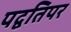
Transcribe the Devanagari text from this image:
पद्वतिपर